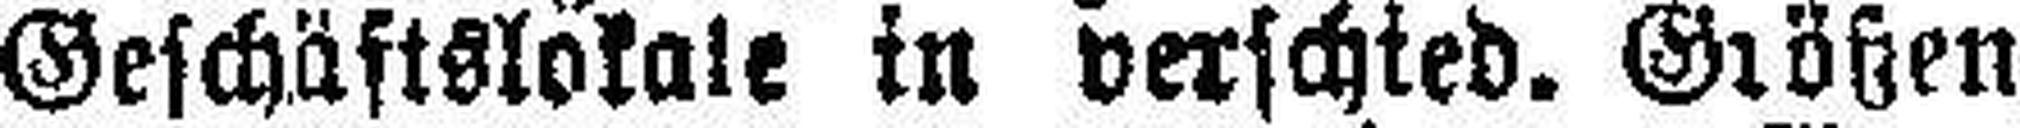
Geschäftslokale in verschied. Größen